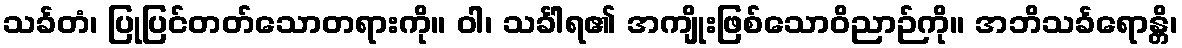
သင်္ခတံ၊ ပြုပြင်တတ်သောတရားကို။ ဝါ၊ သင်္ခါရ၏ အကျိုးဖြစ်သောဝိညာဉ်ကို။ အဘိသင်္ခရောန္တိ၊